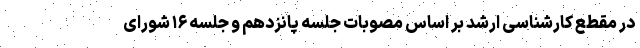
در مقطع کارشناسی ارشد بر اساس مصوبات جلسه پانزدهم و جلسه ۱۶ شورای